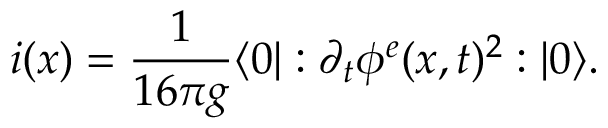
i ( x ) = \frac { 1 } { 1 6 \pi g } \langle 0 | : \partial _ { t } \phi ^ { e } ( x , t ) ^ { 2 } : | 0 \rangle .